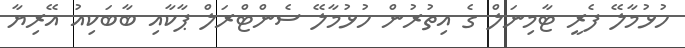
ހުޅުމާލޭ ފެރީ ޓާމިނަލް ގެ އިތުރުން ހުޅުމާލޭ ސެންޓްރަލް ޕާކާއި ބާބަކިއު އޭރިޔާ